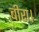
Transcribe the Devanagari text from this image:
बीरा।